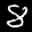
Label: 8